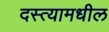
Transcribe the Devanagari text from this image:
दस्त्यामधील